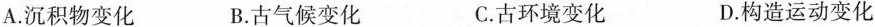
A.沉积物变化 B.古气候变化 C.古环境变化 D.构造运动变化